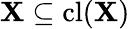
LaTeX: \mathbf{X}\subseteq\operatorname{cl}(\mathbf{X})